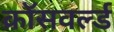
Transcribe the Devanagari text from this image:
क्रॉसवर्ल्ड